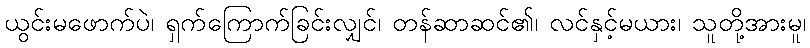
ယွင်းမဖောက်ပဲ၊ ရှက်ကြောက်ခြင်းလျှင်၊ တန်ဆာဆင်၏၊ လင်နှင့်မယား၊ သူတို့အားမူ၊